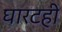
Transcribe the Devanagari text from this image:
घारटही